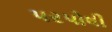
પરપોષી